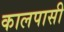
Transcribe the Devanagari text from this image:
कालपासी